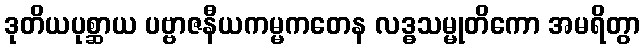
ဒုတိယပုစ္ဆာယ ပဗ္ဗာဇနီယကမ္မကတေန လဒ္ဓသမ္မုတိကော အမရိတွာ